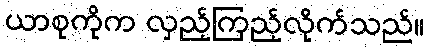
ယာစုကိုက လှည့်ကြည့်လိုက်သည်။